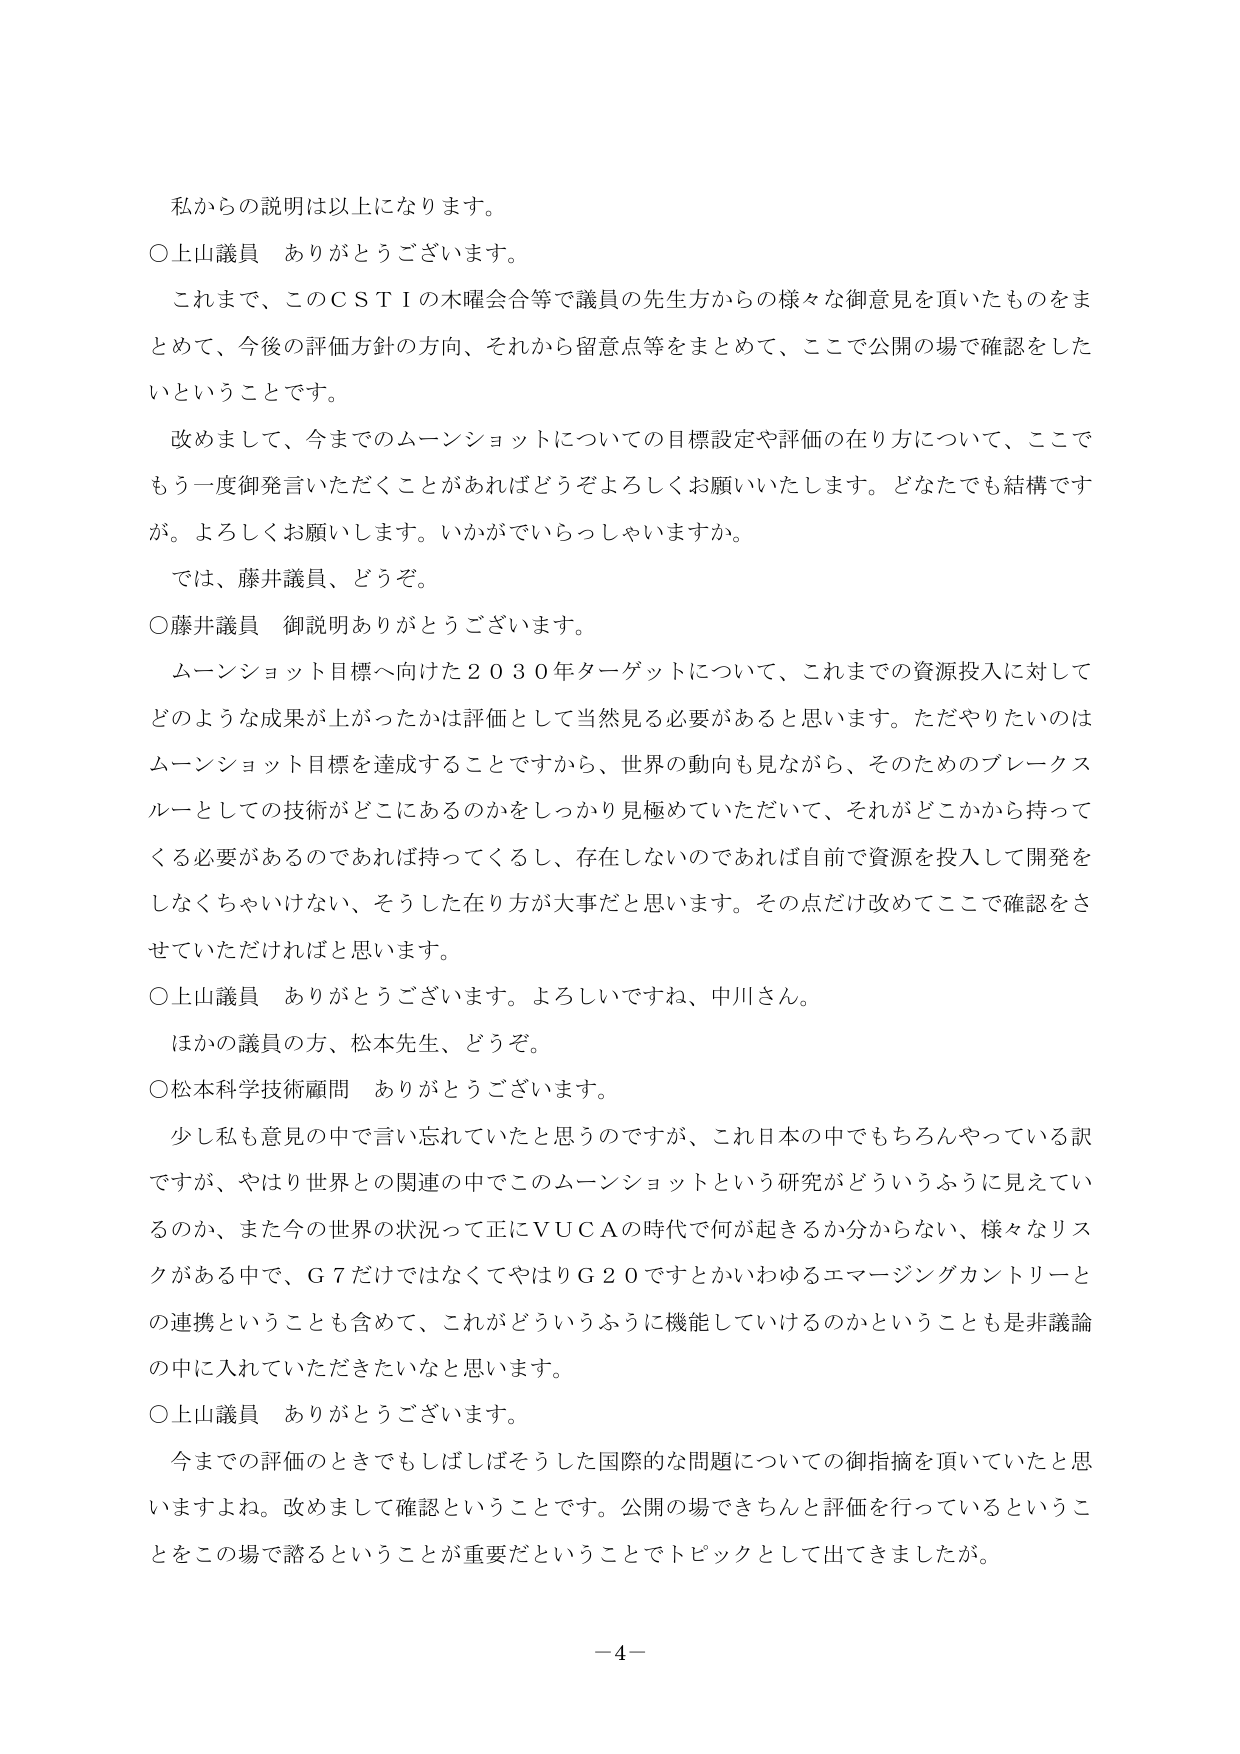
私からの説明は以上になります。

○上山議員　ありがとうございます。
これまで、このＣＳＴＩの木曜会合等で議員の先生方からの様々な御意見を頂いたものをまとめて、今後の評価方針の方向、それから留意点等をまとめて、ここで公開の場で確認をしたいということです。
改めまして、今までのムーンショットについての目標設定や評価の在り方について、ここでもう一度御発言いただくことがあればどうぞよろしくお願いいたします。どなたでも結構ですが。よろしくお願いします。いかがでいらっしゃいますか。
では、藤井議員、どうぞ。

○藤井議員　御説明ありがとうございます。
ムーンショット目標へ向けた２０３０年ターゲットについて、これまでの資源投入に対してどのような成果が上がったかは評価として当然見る必要があると思います。ただやりたいのはムーンショット目標を達成することですから、世界の動向も見ながら、そのためのブレイクスルーとしての技術がどこにあるのかをしっかり見極めていただいて、それがどこかから持ってくる必要があるのであれば持ってくるし、存在しないのであれば自前で資源を投入して開発をしなくちゃいけない、そうした在り方が大事だと思います。その点だけ改めてここで確認をさせていただければと思います。

○上山議員　ありがとうございます。よろしいですね、中川さん。
ほかの議員の方、松本先生、どうぞ。

○松本科学技術顧問　ありがとうございます。
少し私も意見の中で言い忘れていたと思うのですが、これ日本の中でもちろんやっている訳ですが、やはり世界との関連の中でこのムーンショットという研究がどういうふうに見えてい るのか、また今の世界の状況って正にＶＵＣＡの時代で何が起きるか分からない、様々なリスクがある中で、Ｇ７だけではなくてやはりＧ２０ですとかいわゆるエマージングカントリーとの連携ということも含めて、これがどういうふうに機能していけるのかということも是非議論の中に入れていただきたいなと思います。

○上山議員　ありがとうございます。
今までの評価のときでもしばしばそうした国際的な問題についての御指摘を頂いていたと思いますよね。改めまして確認ということです。公開の場できちんと評価を行っているということをこの場で諮るということが重要だということでトピックとして出てきましたが。

－４－